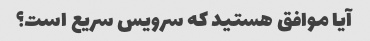
آیا موافق هستید که سرویس سریع است؟